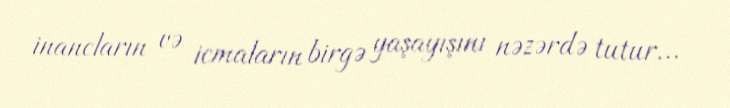
inancların və icmaların birgə yaşayışını nəzərdə tutur...